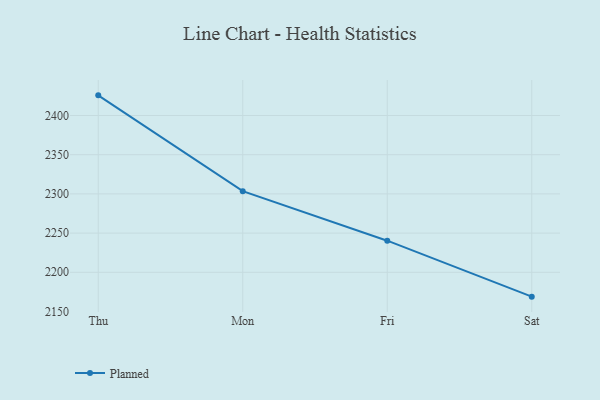
{"axis": {"x": "Day", "y": "Gross Profit (USD K)"}, "legend": ["Planned"], "data": [{"x": "Thu", "y": 2425.7, "type": "Planned"}, {"x": "Mon", "y": 2303.5, "type": "Planned"}, {"x": "Fri", "y": 2240.3, "type": "Planned"}, {"x": "Sat", "y": 2168.9, "type": "Planned"}]}